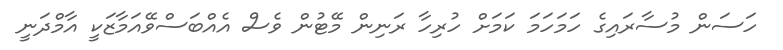
ހަސަން މުސާރައިގެ ހަމަހަމަ ކަމަށް ހުރިހާ ރަނިން މޭޓުން ވެސް އެއްބަސްވޭއަމާޒަކީ އާމްދަނީ